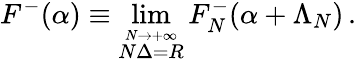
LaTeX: F^{-}(\alpha)\equiv\operatorname*{lim}_{\stackrel{N\rightarrow+\infty}{N\Delta=R}}F_{N}^{-}(\alpha+\Lambda_{N})\, .